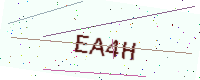
Text: EA4H